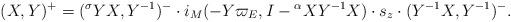
LaTeX: \begin{align*}(X,Y)^+=({}^\sigma YX,Y^{-1})^-\cdot i_M( -Y\varpi_E,I-{}^\alpha XY^{-1} X)\cdot s_z\cdot(Y^{-1}X,Y^{-1})^-.\end{align*}